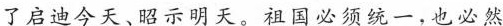
了启迪今天、昭示明天。祖国必须统一，也必然